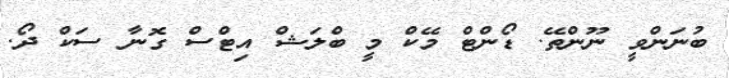
ބުނަންވީ ނޫންތޭ. ޑޯންޓް މޭކް މީ ބްލަޝް އިޓްސް ގޮނާ ސަކް ދޯ.